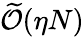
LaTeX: \widetilde{\cal O}(\eta N)